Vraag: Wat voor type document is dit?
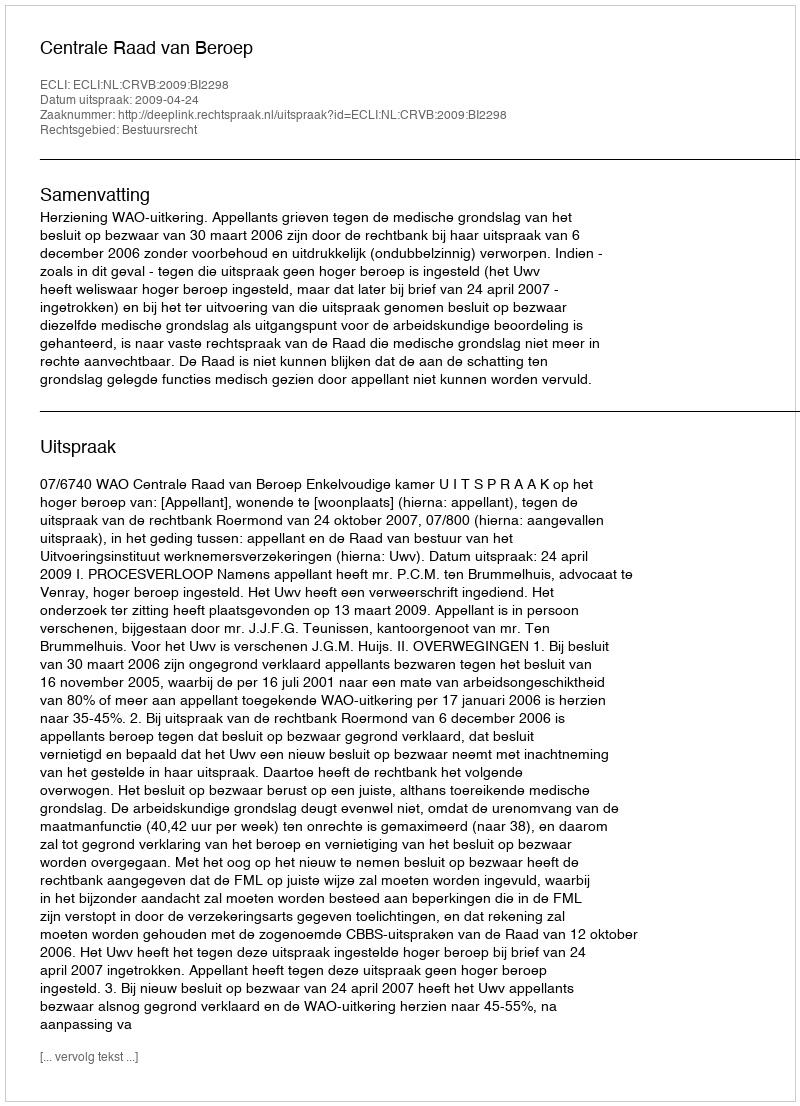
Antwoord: Uitspraak